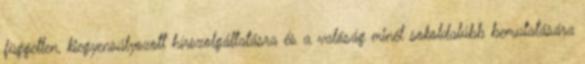
független, kiegyensúlyozott hírszolgáltatásra és a valóság minél sokoldalúbb bemutatására